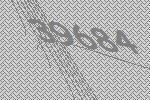
39684